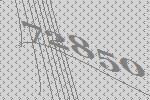
72850